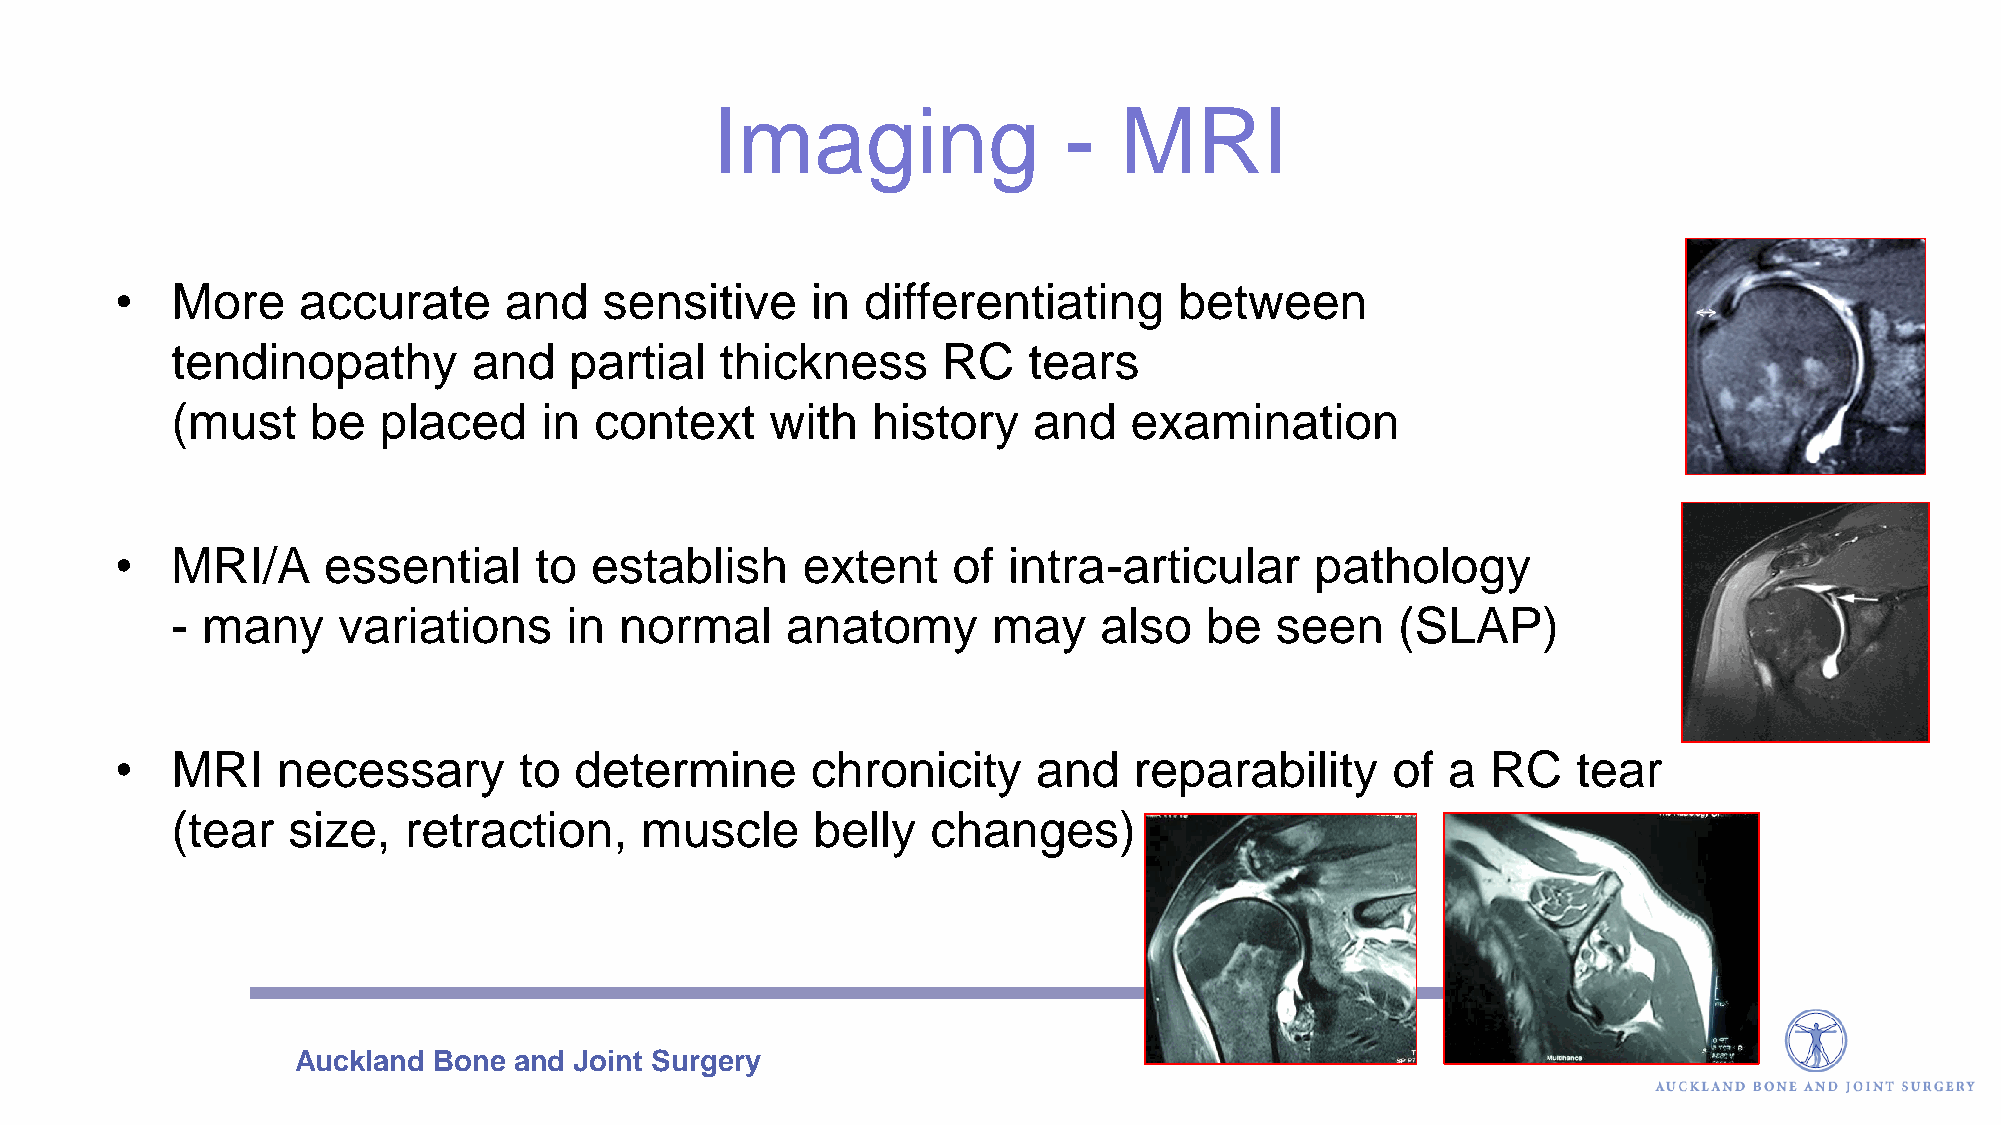
Imaging                -   MRI
 •  More     accurate     and    sensitive     in differentiating      between
 tendinopathy        and    partial   thickness     RC    tears
 (must     be  placed     in context     with   history   and    examination
 •  MRI/A     essential     to  establish     extent    of  intra-articular     pathology
 - many     variations     in  normal     anatomy       may    also   be  seen     (SLAP)
 •  MRI    necessary       to  determine       chronicity     and   reparability     of  a  RC   tear
 (tear   size,   retraction,    muscle      belly   changes)
 Auckland  Bone and Joint Surgery